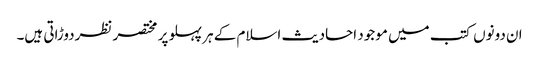
ان دونوں کتب میں موجود احادیث اسلام کے ہر پہلو پر مختصر نظردوڑاتی ہیں۔